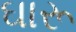
ઘારૂ